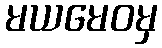
မယမေဝမှ